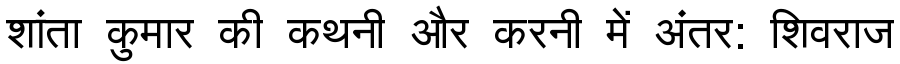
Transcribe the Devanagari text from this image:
शांता कुमार की कथनी और करनी में अंतर: शिवराज